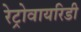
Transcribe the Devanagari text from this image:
रेट्रोवायरिडी